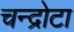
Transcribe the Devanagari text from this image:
चन्द्रोटा